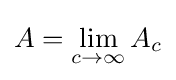
A=\lim _{c\rightarrow \infty }A_{c}